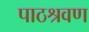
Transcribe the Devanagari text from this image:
पाठश्रवण